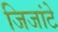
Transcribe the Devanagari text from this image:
जिजांटे